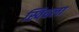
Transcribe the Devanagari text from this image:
स्विचला